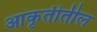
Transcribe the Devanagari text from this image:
आकृतीतील